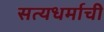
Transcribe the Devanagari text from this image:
सत्यधर्माची